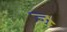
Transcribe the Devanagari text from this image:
ज्न